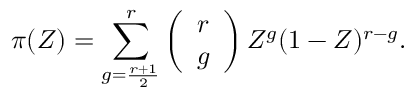
\pi ( Z ) = \sum _ { g = \frac { r + 1 } { 2 } } ^ { r } \left( \begin{array} { c c } { r } \\ { g } \end{array} \right) Z ^ { g } ( 1 - Z ) ^ { r - g } .